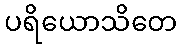
ပရိယောသိတေ